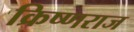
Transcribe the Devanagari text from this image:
क्रिष्णराज